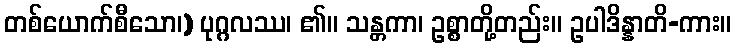
တစ်ယောက်စီသော၊) ပုဂ္ဂလဿ၊ ၏။ သန္တကာ၊ ဥစ္စာတို့တည်း။ ဥပါဒိန္နာတိ-ကား။